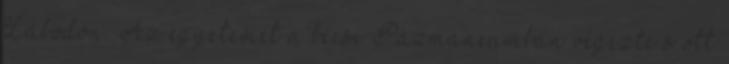
Lábodon. Az egyetemet a bécsi Pázmáneumban végezte s ott